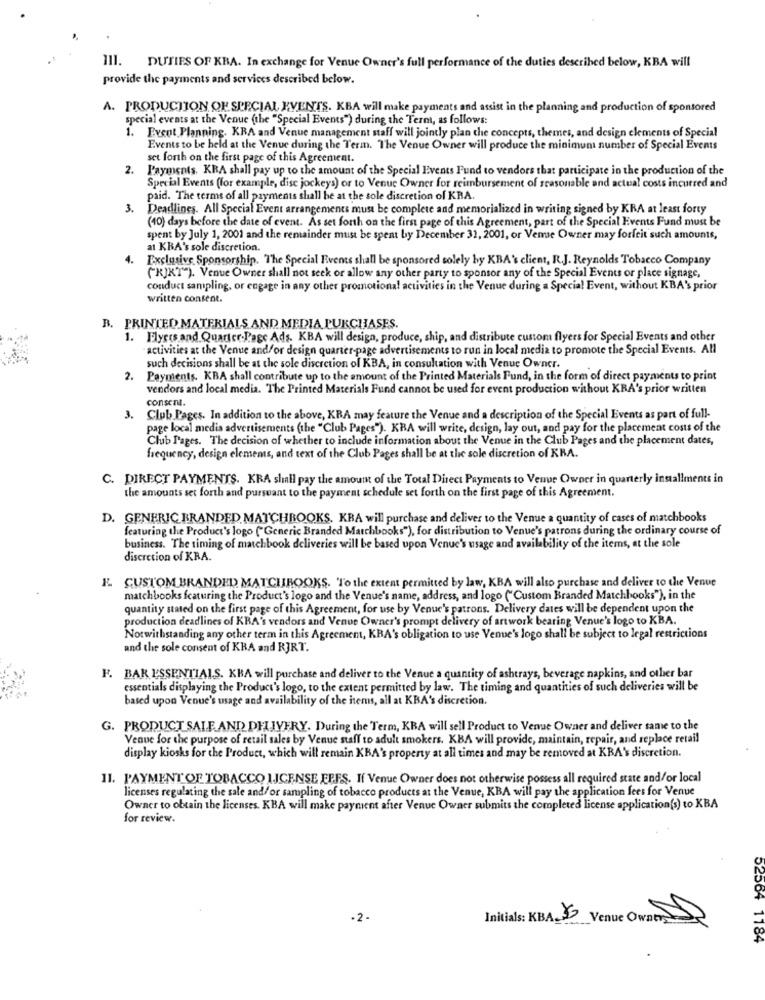
III. DUTIES OF KRA. In exchange for Venue Owner's full performance of the duties described below, KBA will
provide the payments and services described below.
A. PRODUCTION OF SPECIAL EVENTS. KBA will make payments and assist in the planning and production of sponsored
special events at the Venue (the "Special Events") during the Term, as follows:
1. Event Planning. KRA and Venue management staff will jointly plan the concepts, themes, and design elements of Special
Events to be held at the Venue during the Term. The Venue Owner will produce the minimum number of Special Events
set forth on the first page of this Agreement.
2.
Payments. KRA shall pay up to the amount of the Special Events Fund to vendors that participate in the production of the
Special Events (for example, disc jockeys) or to Venue Owner for reimbursement of reasonable and actual costs incurred and
paid. The terms of all payments shall be at the sole discretion of KRA.
3.
Deadlines. All Special Event arrangements must be complete and memorialized in writing signed by KRA at least forty
(40) days before the date of event. As set forth on the first page of this Agreement, part of the Special Events Fund must be
spent by July 1, 2001 and the remainder must be spent by December 31, 2001, or Vemse Owner may forfeit such amounts,
at KBA's sole discretion.
4.
Exclusive Sponsorship. The Special Events shall be sponsored solely by KBA's client, R.J. Reynolds Tobacco Company
(KJKT"). Venue Owner shall not seek or allow any other party to sponsor any of the Special Events or place signage,
conduct sampling, or engage in any other promotional activities in the Venue during a Special Event, without KBA's prior
written consent.
B. PRINTED MATERIALS AND MEDIA PURCHASES.
1. Flyets and Quarter-Page Ads. KBA will design, produce, ship, and distribute custom flyers for Special Events and other
activities at the Venue and/or design quarter-page advertisements to run in local media to promote the Special Events. All
such decisions shall be at the sole discretion of KBA, in consultation with Venue Owner.
2. Payments. KBA shall contribute up to the amount of the Printed Materials Fund, in the form of direct payments to print
vendors and local media. The Printed Materials Fund cannot be used for event production without KRA's prior written
consent.
3.
Club Pages. In addition to the above, KRA may feature the Venue and a description of the Special Events as part of full-
page local media advertisements (the "Club Pages"). KBA will write, design, lay out, and pay for the placement costs of the
Club Pages. The decision of whether to include information about the Venue in the Club Pages and the placement dates,
frequency, design elements, and text of the Club Pages shall be at the sole discretion of KRA.
C. DIRECT PAYMENTS. KRA shall pay the amount of the Total Direct Payments to Venue Owner in quarterly installments in
the amounts set forth and pursuant to the payment schedule set forth on the first page of this Agreement.
D. GENERIC BRANDED MATCHBOOKS. KBA will purchase and deliver to the Venue a quantity of cases of matchbooks
featuring the Product's logo ("Generic Branded Matchbooks"), for distribution to Venue's patrons during the ordinary course of
business. The timing of matchbook deliveries will be based upon Venue's usage and availability of the items, at the sole
discretion of KRA.
E. CUSTOM BRANDED MATCHROOKS. "To the extent permitted by law, KBA will also purchase and deliver to the Venue
matchbooks featuring the Product's logo and the Venue's name, address, and logo ("Custom Branded Matchbooks"), in the
quantity stated on the first page of this Agreement, for use by Venue's patrons. Delivery dates will be dependent upon the
production deadlines of KBA's vendors and Venue Owner's prompt delivery of artwork bearing Venue's logo to KBA.
Notwithstanding any other term in this Agreement, KRA's obligation to use Venue's logo shall be subject to legal restrictions
and the sole consent of KRA and RJRT.
F. BAK ESSENTIALS. KBA will purchase and deliver to the Venue a quantity of ashtrays, beverage napkins, and other bar
essentials displaying the Product's logo, to the extent permitted by law. The timing and quantities of such deliveries will be
based upon Venue's usage and availability of the items, all at KBA's discretion.
G. PRODUCT SALE AND DELIVERY. During the Term, KBA will sell Product to Venue Owner and deliver same to the
Venue for the purpose of retail sales by Venue staff to adult smokers. KBA will provide, maintain, repair, and replace retail
display kiosks for the Product, which will remain KBA's property at all times and may be removed at KBA's discretion.
11. PAYMENTOF TOBACCO LICENSE EFFS. If Venue Owner does not otherwise possess all required state and/or local
licenses regulating the sale and/or sampling of tobacco products at the Venue, KBA will pay the application fees for Venue
Owner to obtain the licenses. KBA will make payment after Venue Owner submits the completed license application(s) to KBA
for review.
.2-
Initials: KBA_ _ Venue Ownty
52564 1184